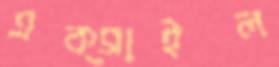
এক্সাইল